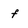
Character: f